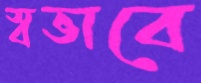
স্বভাবে